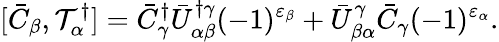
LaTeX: [\bar{C}_{\beta},{\cal T}_{\alpha}^{\dagger}]=\bar{C}_{\gamma}^{\dagger}\bar{U}_{\alpha\beta}^{\dagger\gamma}(-1)^{\varepsilon_{\beta}}+\bar{U}_{\beta\alpha}^{\gamma}\bar{C}_{\gamma}(-1)^{\varepsilon_{\alpha}}.